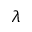
\lambda